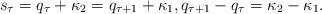
LaTeX: \begin{align*} s_{\tau} = q_{\tau} + \kappa_2 = q_{\tau+1} + \kappa_1 , q_{\tau+1} - q_\tau = \kappa_2 - \kappa_1 . \end{align*}